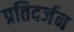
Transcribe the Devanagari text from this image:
प्रतिदर्जन